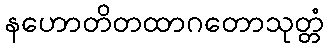
နဟောတိတထာဂတောသုတ္တံ